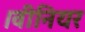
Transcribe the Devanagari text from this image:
।वीनियर